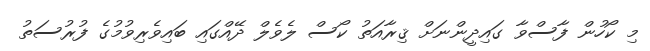
މި ކޯހުން ފާސްވާ ގައިދީންނަށް ޤިރާއަތު ކޯސް ލެވެލް ދޭއްގައި ބައިވެރިވުމުގެ ފުރުސަތު